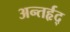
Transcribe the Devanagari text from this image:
अन्तर्हृद्‍